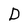
Character: D